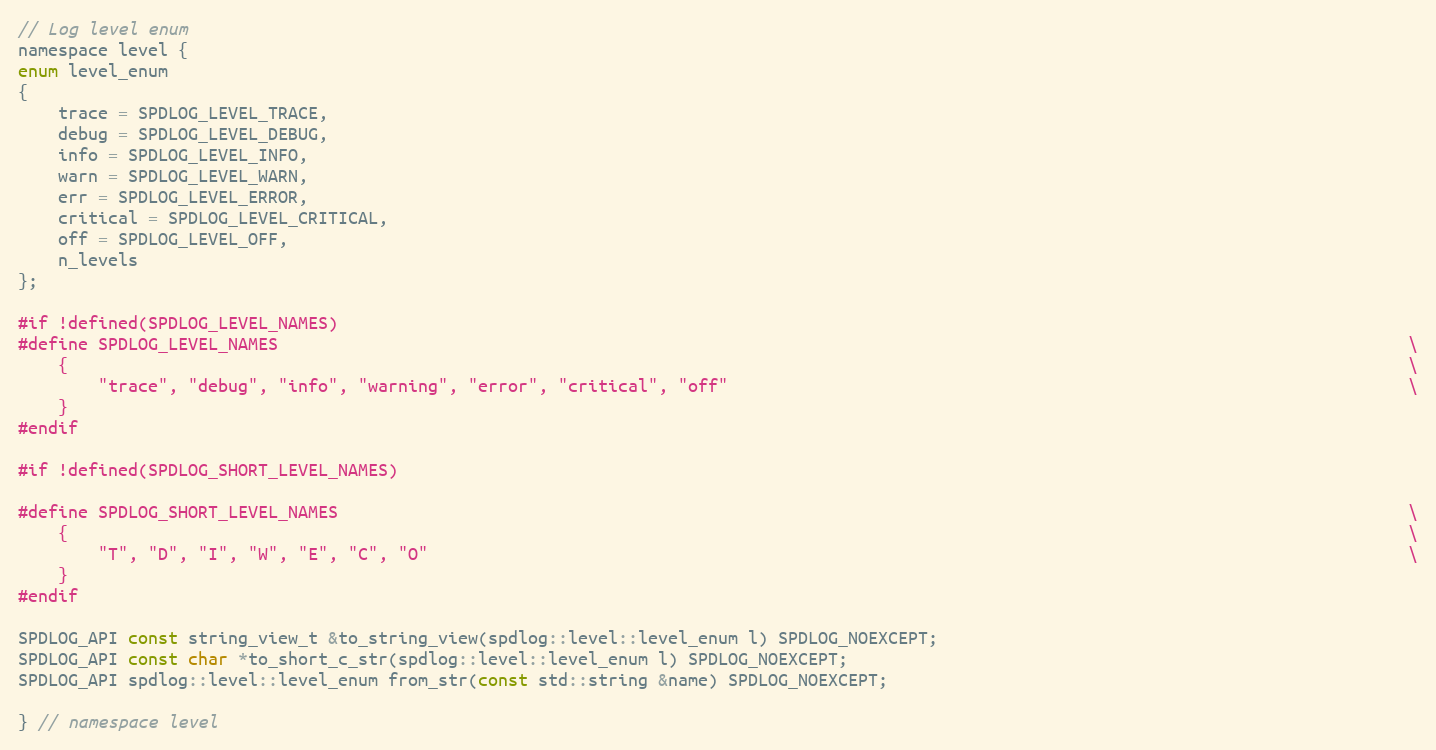
Language: C
// Log level enum
namespace level {
enum level_enum
{
    trace = SPDLOG_LEVEL_TRACE,
    debug = SPDLOG_LEVEL_DEBUG,
    info = SPDLOG_LEVEL_INFO,
    warn = SPDLOG_LEVEL_WARN,
    err = SPDLOG_LEVEL_ERROR,
    critical = SPDLOG_LEVEL_CRITICAL,
    off = SPDLOG_LEVEL_OFF,
    n_levels
};

#if !defined(SPDLOG_LEVEL_NAMES)
#define SPDLOG_LEVEL_NAMES                                                                                                                 \
    {                                                                                                                                      \
        "trace", "debug", "info", "warning", "error", "critical", "off"                                                                    \
    }
#endif

#if !defined(SPDLOG_SHORT_LEVEL_NAMES)

#define SPDLOG_SHORT_LEVEL_NAMES                                                                                                           \
    {                                                                                                                                      \
        "T", "D", "I", "W", "E", "C", "O"                                                                                                  \
    }
#endif

SPDLOG_API const string_view_t &to_string_view(spdlog::level::level_enum l) SPDLOG_NOEXCEPT;
SPDLOG_API const char *to_short_c_str(spdlog::level::level_enum l) SPDLOG_NOEXCEPT;
SPDLOG_API spdlog::level::level_enum from_str(const std::string &name) SPDLOG_NOEXCEPT;

} // namespace level